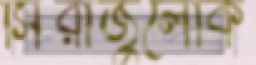
সিরাজুলোক